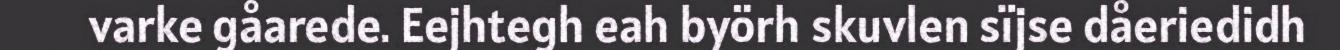
varke gåarede. Eejhtegh eah byörh skuvlen sïjse dåeriedidh